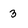
Character: 3